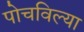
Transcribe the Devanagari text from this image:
पोचविल्या